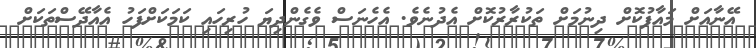
އޭނާއަށް މައާފުކޮށް ދިނުމަަށް ތަކުރާރުކޮށް އެދުނެވެ. އެހެނަސް ވެގެންދިޔަ ހުރިހައި ކަމަކަށްފަހު އެއާދޭސްތަކަށް